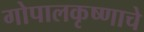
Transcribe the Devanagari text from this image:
गोपालकृष्णाचे